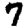
Digit: 7